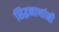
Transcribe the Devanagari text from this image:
सिद्धनाथांनी